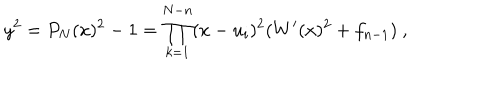
y ^ { 2 } = P _ { N } ( x ) ^ { 2 } - 1 = \prod _ { k = 1 } ^ { N - n } ( x - u _ { i } ) ^ { 2 } ( W ^ { \prime } ( x ) ^ { 2 } + f _ { n - 1 } ) \ ,